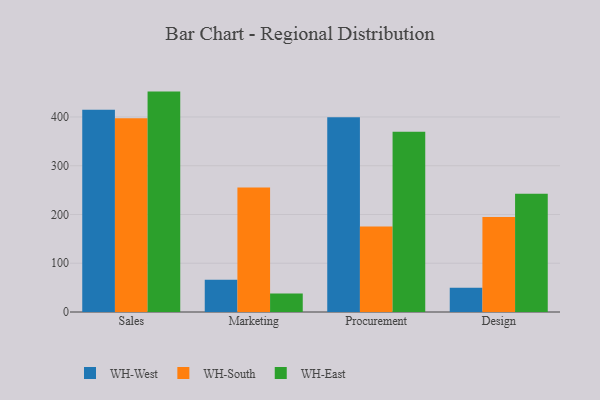
{"axis": {"x": "Department", "y": "Revenue (USD Million)"}, "legend": ["WH-East", "WH-South", "WH-West"], "data": [{"x": "Sales", "y": 414.7, "type": "WH-West"}, {"x": "Sales", "y": 397.2, "type": "WH-South"}, {"x": "Sales", "y": 452.0, "type": "WH-East"}, {"x": "Marketing", "y": 66.0, "type": "WH-West"}, {"x": "Marketing", "y": 255.4, "type": "WH-South"}, {"x": "Marketing", "y": 37.9, "type": "WH-East"}, {"x": "Procurement", "y": 399.6, "type": "WH-West"}, {"x": "Procurement", "y": 175.5, "type": "WH-South"}, {"x": "Procurement", "y": 369.5, "type": "WH-East"}, {"x": "Design", "y": 49.5, "type": "WH-West"}, {"x": "Design", "y": 194.9, "type": "WH-South"}, {"x": "Design", "y": 242.7, "type": "WH-East"}]}